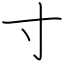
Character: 寸